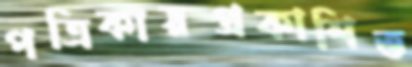
পত্রিকায়প্রকাশিত